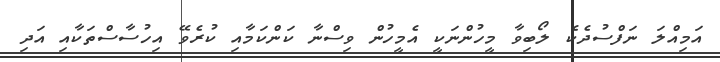
އަމިއްލަ ނަފްސުދެކެ ލޯބިވާ މީހުންނަކީ އެމީހުން ވިސްނާ ކަންކަމާއި ކުރެވޭ އިހުސާސްތަކާއި އަދި